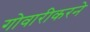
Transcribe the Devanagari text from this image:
गोवारीकरने